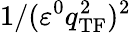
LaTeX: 1/(\varepsilon^{0}q_{\mathrm{TF}}^{2})^{2}